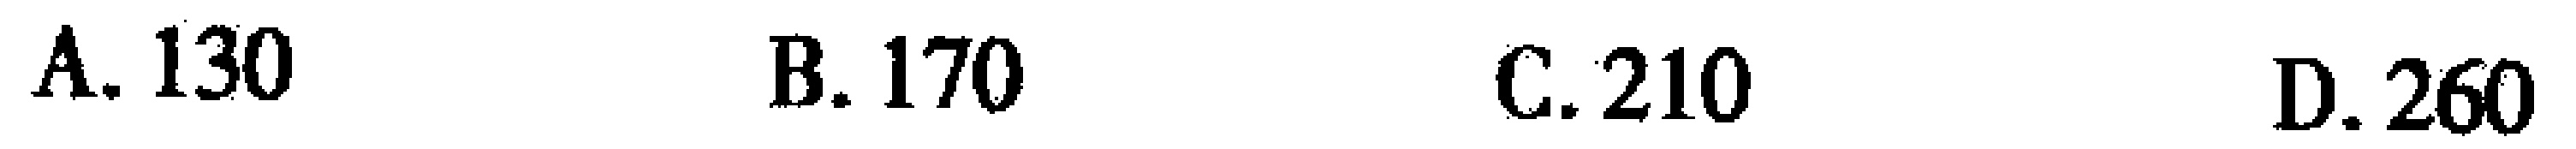
A. \(130\)  B. \(170\)  C. \(210\)  D. \(260\)